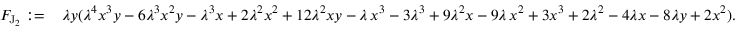
\begin{array} { r l } { F _ { \mathrm { J } _ { 2 } } : = \, } & { \lambda y ( \lambda ^ { 4 } x ^ { 3 } y - 6 \lambda ^ { 3 } x ^ { 2 } y - \lambda ^ { 3 } x + 2 \lambda ^ { 2 } x ^ { 2 } + 1 2 \lambda ^ { 2 } x y - \lambda \, x ^ { 3 } - 3 \lambda ^ { 3 } + 9 \lambda ^ { 2 } x - 9 \lambda \, x ^ { 2 } + 3 x ^ { 3 } + 2 \lambda ^ { 2 } - 4 \lambda x - 8 \lambda y + 2 x ^ { 2 } ) . } \end{array}